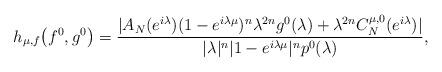
LaTeX: \begin{align*}h_{\mu,f}\bigl(f^0,g^0\bigr)=\frac{|A_N(e^{i\lambda})(1-e^{i\lambda\mu})^{n}\lambda^{2n}g^0(\lambda)+\lambda^{2n}C^{\mu,0}_{N}(e^{i\lambda})|}{|\lambda|^{n}|1-e^{i\lambda\mu}|^{n}p^0(\lambda)},\end{align*}